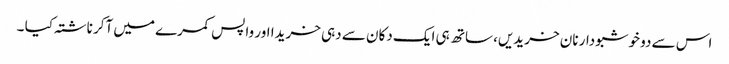
اس سے دو خوشبودار نان خریدیں، ساتھ ہی ایک دکان سے دہی خریدا اور واپس کمرے میں آکر ناشتہ کیا ۔